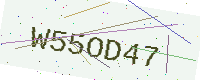
Text: W55OD47